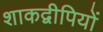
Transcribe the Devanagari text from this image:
शाकद्वीपियों